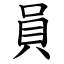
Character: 員